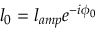
l _ { 0 } = l _ { a m p } e ^ { - i \phi _ { 0 } }